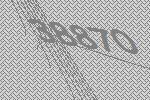
38870